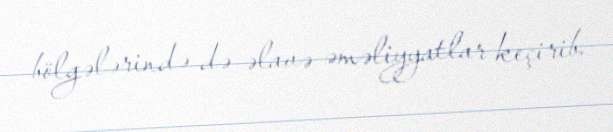
bölgələrində də əlavə əməliyyatlar keçirib.